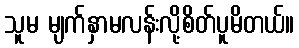
သူမ မျက်နှာမလန်းလို့စိတ်ပူမိတယ်။